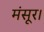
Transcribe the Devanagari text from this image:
मंसूर।